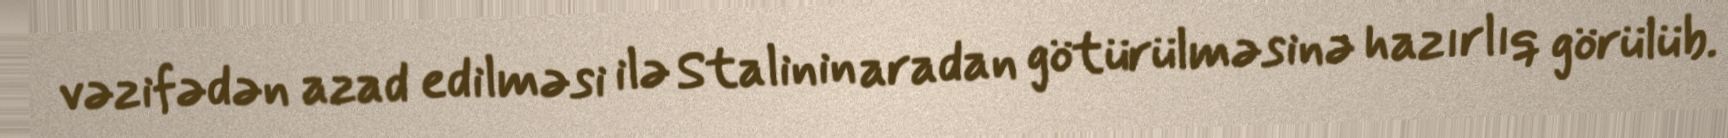
vəzifədən azad edilməsi ilə Stalinin aradan götürülməsinə hazırlıq görülüb.